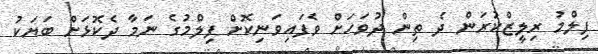
ފިލްމު ރިލީޒްކުރަން ދެ ތިން ދުވަހަށް ވެފައިވަނިކޮށް ފިލްމުގެ ނަމާ ދެކޮޅަށް ބަޔަކު